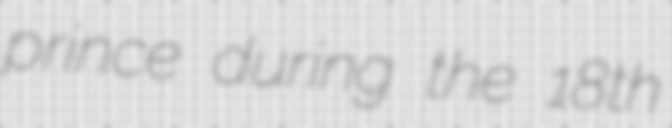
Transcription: prince during the 18th